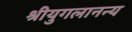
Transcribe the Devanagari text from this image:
श्रीयुगलानन्य